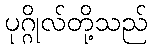
ပုဂ္ဂိုလ်တို့သည်